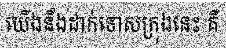
យើងនឹងដាក់ទោសក្រុងនេះ គឺ